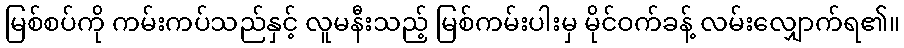
မြစ်စပ်ကို ကမ်းကပ်သည်နှင့် လူမနီးသည့် မြစ်ကမ်းပါးမှ မိုင်ဝက်ခန့် လမ်းလျှောက်ရ၏။